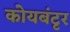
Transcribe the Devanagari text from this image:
कोयबंटृर